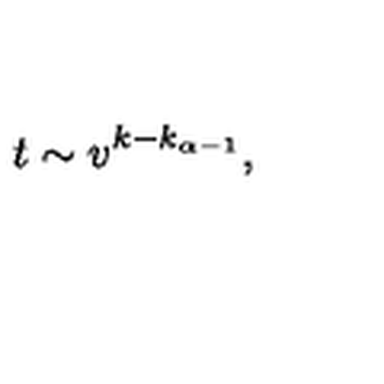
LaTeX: t \sim v ^ { k - k _ { \alpha - 1 } } ,